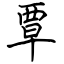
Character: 覃